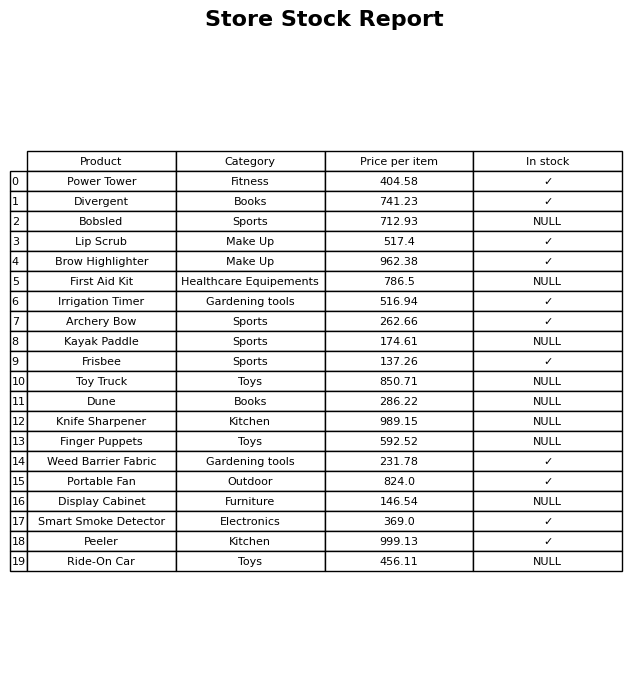
question: What is the price of the Display Cabinet?
answer: The price of Display Cabinet is 146.54.